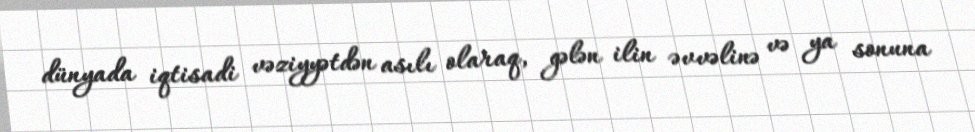
dünyada iqtisadi vəziyyətdən asılı olaraq, gələn ilin əvvəlinə və ya sonuna